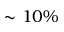
\sim 1 0 \%